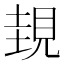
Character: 𧠹